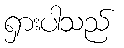
ရှားပါသည်